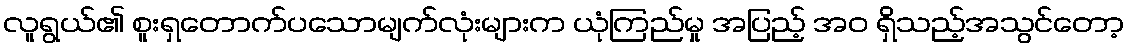
လူရွယ်၏ စူးရှတောက်ပသောမျက်လုံးများက ယုံကြည်မှု အပြည့် အဝ ရှိသည့်အသွင်တော့